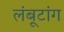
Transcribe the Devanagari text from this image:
लंबूटांग